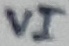
Text: VI